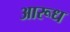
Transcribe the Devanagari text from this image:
आरूध